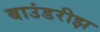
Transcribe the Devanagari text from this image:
बाउंडरीझ